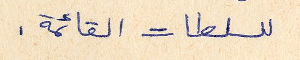
للسلطات القائمة.